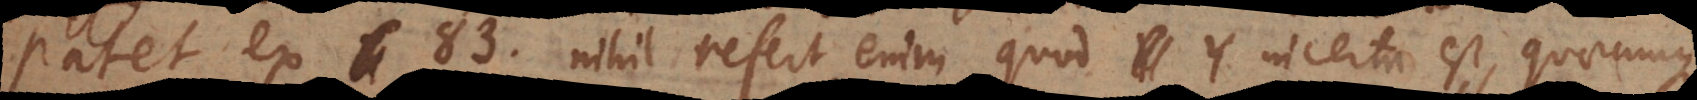
Patet ex 83. Nihil refert enim quod Y incerta est, quaecunque